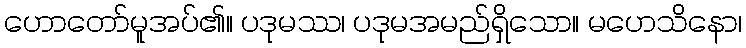
ဟောတော်မူအပ်၏။ ပဒုမဿ၊ ပဒုမအမည်ရှိသော။ မဟေသိနော၊